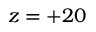
z = + 2 0